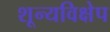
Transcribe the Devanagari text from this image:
शून्यविक्षेप